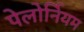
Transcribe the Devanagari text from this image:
पेलोर्नियम